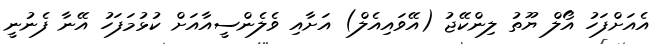
އެއަށްފަހު އޯލް ޔޫތު ލިންކޭޖު (އޭވައިއެލް) އަށާއި ވެލެންސީއާއަށް ކުޅުމަފަހު އޭނާ ފެނުނީ